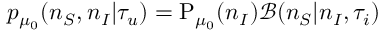
p _ { \mu _ { 0 } } ( n _ { S } , n _ { I } | \tau _ { u } ) = \mathrm { P } _ { \mu _ { 0 } } ( n _ { I } ) \mathcal { B } ( n _ { S } | n _ { I } , \tau _ { i } )